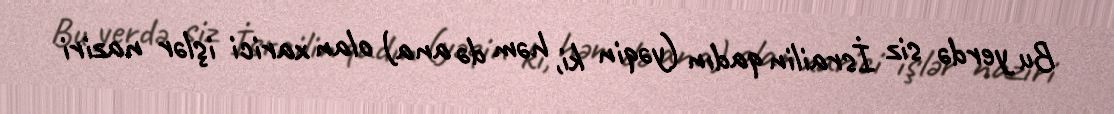
Bu yerdə siz İsrailin qadın (yəqin ki, həm də ana) olan xarici işlər naziri